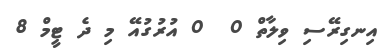
އިނގިރޭސި ވިލާތް 0  0 އުރުގުއޭ މި ދެ ޓީމް 8